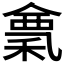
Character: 𥠌